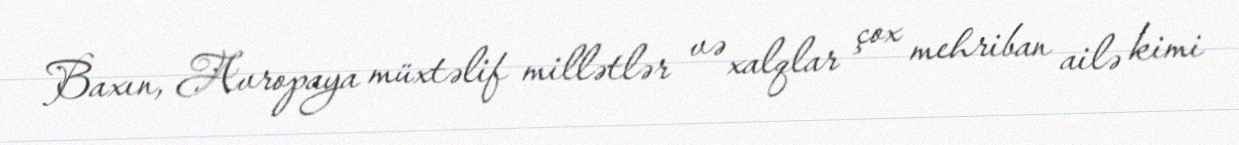
Baxın, Avropaya müxtəlif millətlər və xalqlar çox mehriban ailə kimi